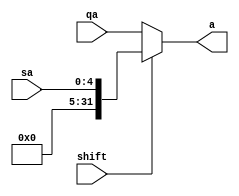
`timescale 1ns / 1ps
//////////////////////////////////////////////////////////////////////////////////
// Company: CMPEN 331
// 
// Design Name: 
// Module Name: ShiftChoose
// Project Name: 
// Target Devices: 
// Tool Versions: 
// Description: 
// 
// Dependencies: 
// 
// Revision:
// Revision 0.01 - File Created
// Additional Comments:
// 
//////////////////////////////////////////////////////////////////////////////////


module ShiftChoose(qa, sa, shift, a);

input [31:0] qa;
input [4:0] sa;
input shift;
output reg [31:0] a;

always @(*)
begin
    if (shift)
        a = sa;
    else
        a = qa;
end
endmodule